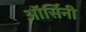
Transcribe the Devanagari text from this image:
ऑर्सिनी